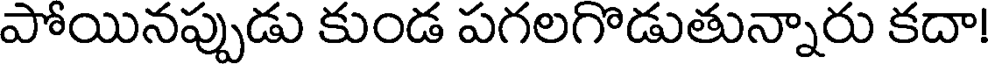
పోయినప్పుడు కుండ పగలగొడుతున్నారు కదా!